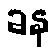
ခန